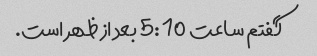
گفتم ساعت 5:10 بعد از ظهر است.